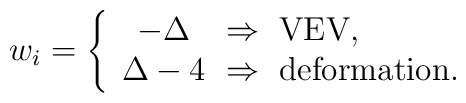
w_i= \left\{ \begin{array}{c@{~\Rightarrow~}l} - \Delta & {\rm VEV,} \\\Delta -4 & {\rm deformation.} \end{array}\right.